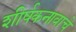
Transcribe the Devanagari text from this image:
शीर्षकनावाचे